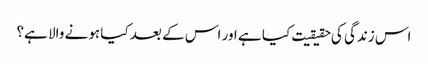
اس زندگی کی حقیقیت کیا ہے اور اس کے بعد کیا ہونے والا ہے؟